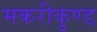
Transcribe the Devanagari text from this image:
मकरीकुण्‍ड